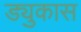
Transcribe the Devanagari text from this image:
ड्युकास